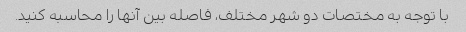
با توجه به مختصات دو شهر مختلف، فاصله بین آنها را محاسبه کنید.